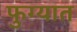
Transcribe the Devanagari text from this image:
फुग्यात